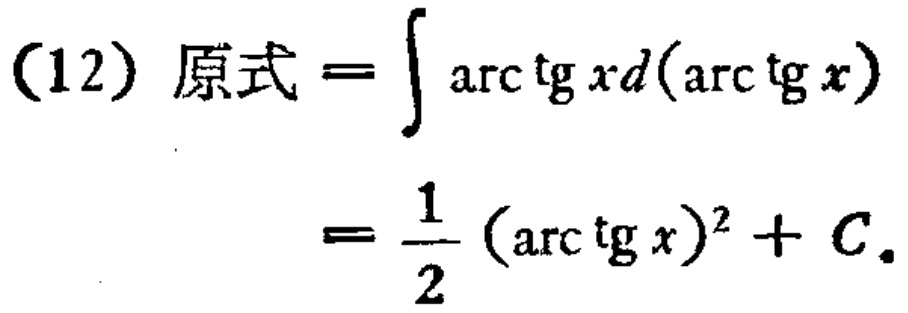
(12) 原式 \(=\int \arctan x d(\arctan x)\)
\(=\frac{1}{2}(\arctan x)^2 + C\)